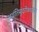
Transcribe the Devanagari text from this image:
अवंतिसुंदरीकथासार